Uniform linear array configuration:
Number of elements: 8
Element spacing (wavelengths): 1
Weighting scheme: uniform
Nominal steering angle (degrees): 0
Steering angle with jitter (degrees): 1.459
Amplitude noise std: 0.05
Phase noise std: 0.05

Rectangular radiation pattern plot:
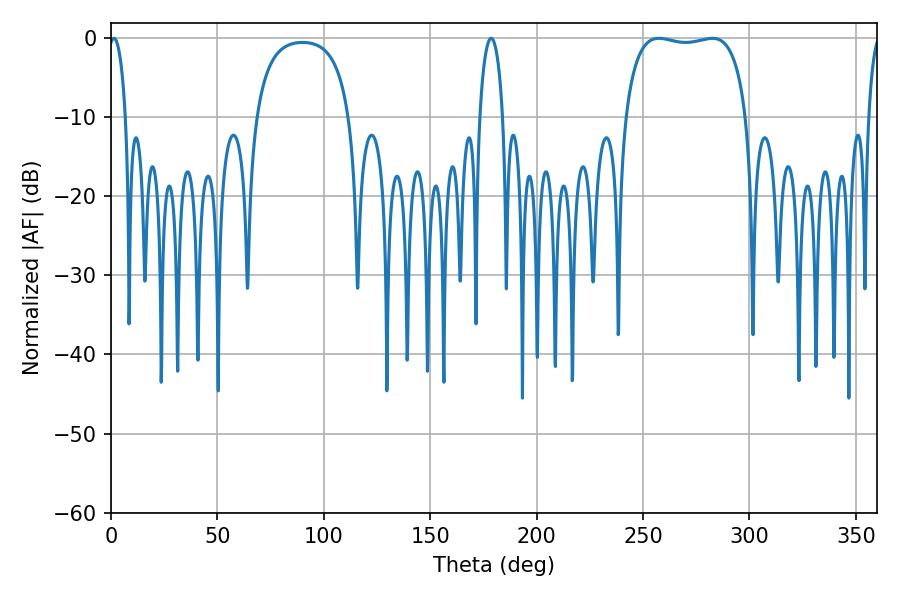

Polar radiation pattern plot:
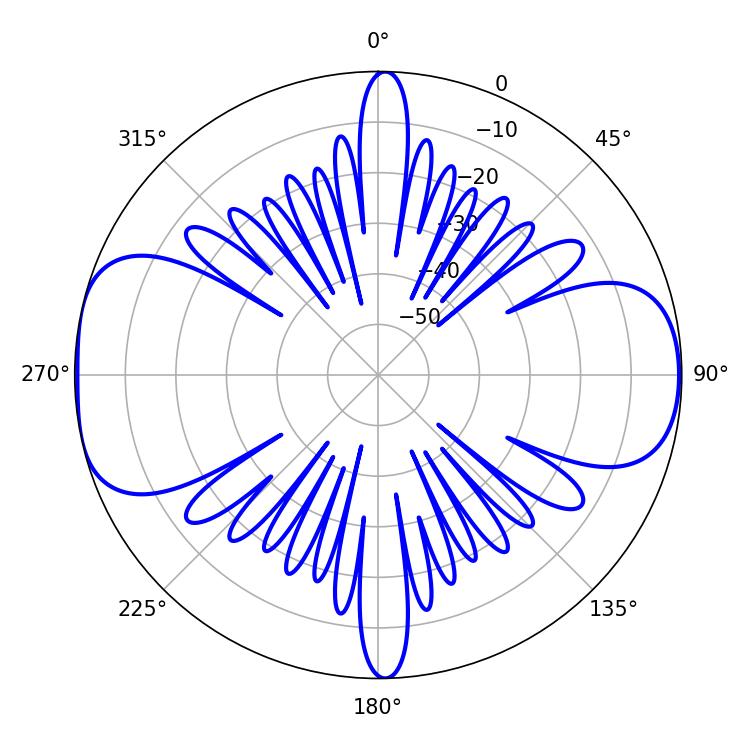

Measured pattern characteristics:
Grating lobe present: TRUE
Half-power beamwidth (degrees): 45.72
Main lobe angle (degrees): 257.4